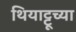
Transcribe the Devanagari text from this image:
थियाट्टूच्या